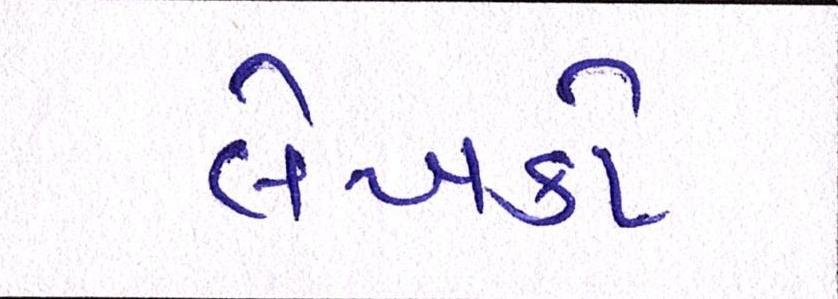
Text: લેખકો